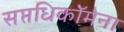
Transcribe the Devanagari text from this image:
सप्तधिकाॅेमेना